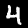
Label: 4